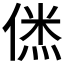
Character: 𠌎